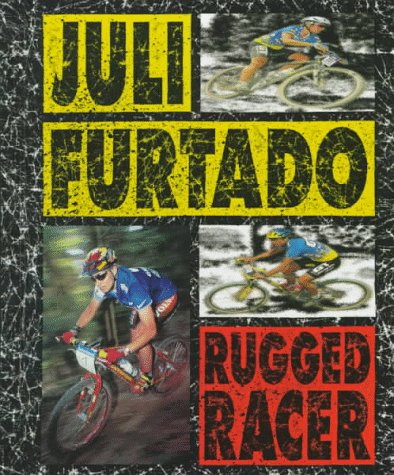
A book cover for Juli Furtado: Rugged Racer (Sports Achievers); Morgan Hughes; Teen & Young Adult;